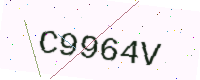
Text: C9964V